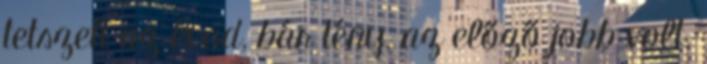
tetszett az évad, bár tény, az előző jobb volt.